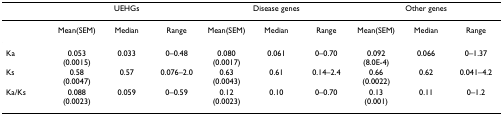
<table><thead><tr><td></td><td colspan="3"><b>UEHGs</b></td><td colspan="3"><b>Disease genes</b></td><td colspan="3"><b>Other genes</b></td></tr></thead><tbody><tr><td></td><td>Mean(SEM)</td><td>Median</td><td>Range</td><td>Mean(SEM)</td><td>Median</td><td>Range</td><td>Mean(SEM)</td><td>Median</td><td>Range</td></tr><tr><td>Ka</td><td>0.053 (0.0015)</td><td>0.033</td><td>0–0.48</td><td>0.080 (0.0017)</td><td>0.061</td><td>0–0.70</td><td>0.092 (8.0E-4)</td><td>0.066</td><td>0–1.37</td></tr><tr><td>Ks</td><td>0.58 (0.0047)</td><td>0.57</td><td>0.076–2.0</td><td>0.63 (0.0043)</td><td>0.61</td><td>0.14–2.4</td><td>0.66 (0.0022)</td><td>0.62</td><td>0.041–4.2</td></tr><tr><td>Ka/Ks</td><td>0.088 (0.0023)</td><td>0.059</td><td>0–0.59</td><td>0.12 (0.0023)</td><td>0.10</td><td>0–0.70</td><td>0.13 (0.001)</td><td>0.11</td><td>0–1.2</td></tr></tbody></table>